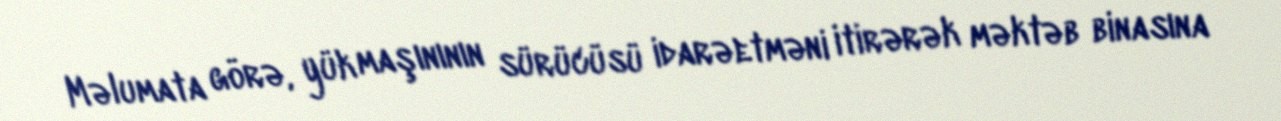
Məlumata görə, yük maşınının sürücüsü idarəetməni itirərək məktəb binasına